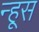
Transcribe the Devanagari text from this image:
न्हूस